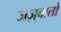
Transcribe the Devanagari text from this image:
जज़्बातों